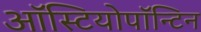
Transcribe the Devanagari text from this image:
ऑस्टियोपॉन्टिन